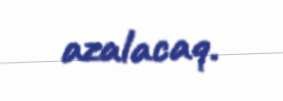
azalacaq.